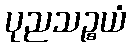
ပုညသဉ္စယံ